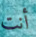
أنت